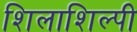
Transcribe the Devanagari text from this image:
शिलाशिल्पी